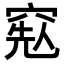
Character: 𥦥